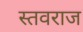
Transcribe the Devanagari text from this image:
स्तवराज